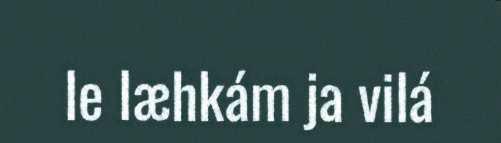
le læhkám ja vilá